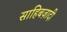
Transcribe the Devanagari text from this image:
साहिबज़ादी